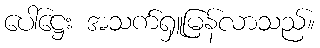
ပေါ်ဋ္ဌေး အသက်ရှူမြန်လာသည်။